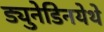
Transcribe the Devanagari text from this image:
ड्युनेडिनयेथे